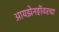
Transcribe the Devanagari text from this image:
आयझेनहॉवरचा